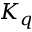
K _ { q }